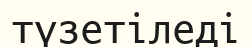
түзетіледі